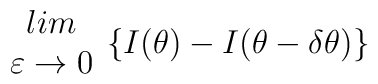
\begin{array}{c}lim\\\varepsilon \rightarrow 0\end{array}\{I(\theta )-I(\theta -\delta \theta )\}